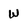
Character: w